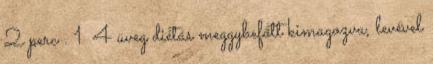
2 perc . 1 4 üveg diétás meggybefőtt kimagozva, levével